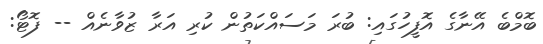
ބޮމްބެ އޭނާގެ އޮފީހުގައި: ބުރަ މަސައްކަތުން ކުރި އަރާ ޒުވާނެއް -- ފޮޓޯ: